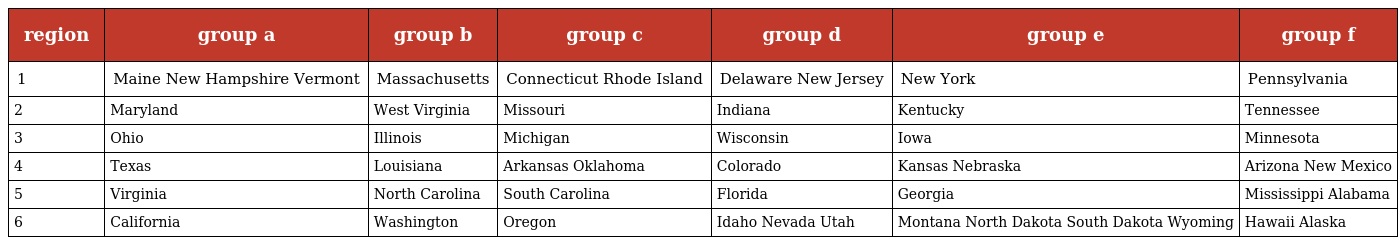
| region | group a | group b | group c | group d | group e | group f |
 | --- | --- | --- | --- | --- | --- | --- |
 | 1 | Maine New Hampshire Vermont | Massachusetts | Connecticut Rhode Island | Delaware New Jersey | New York | Pennsylvania |
 | 2 | Maryland | West Virginia | Missouri | Indiana | Kentucky | Tennessee |
 | 3 | Ohio | Illinois | Michigan | Wisconsin | Iowa | Minnesota |
 | 4 | Texas | Louisiana | Arkansas Oklahoma | Colorado | Kansas Nebraska | Arizona New Mexico |
 | 5 | Virginia | North Carolina | South Carolina | Florida | Georgia | Mississippi Alabama |
 | 6 | California | Washington | Oregon | Idaho Nevada Utah | Montana North Dakota South Dakota Wyoming | Hawaii Alaska |